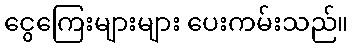
ငွေကြေးများများ ပေးကမ်းသည်။